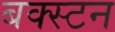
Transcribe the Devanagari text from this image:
बक्स्टन